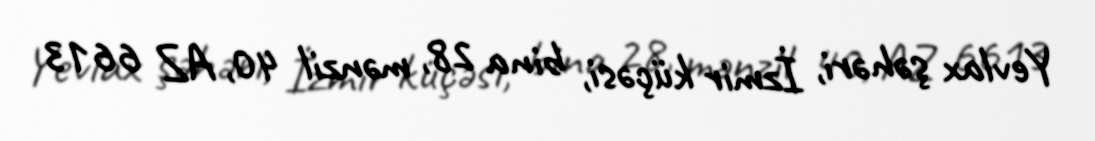
Yevlax şəhəri, İzmir küçəsi, bina 28, mənzil 40, AZ 6613